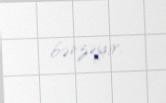
bənzəyir.